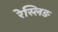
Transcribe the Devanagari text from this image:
रेस्लिङ